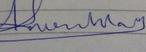
Signature authenticity: forged